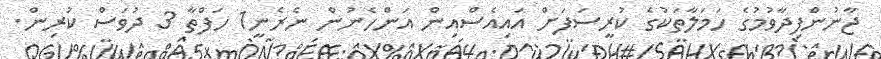
ޖާނުންފިދާވުމުގެ ހަމަލާތަކުގެ ކުރީސަފަށް އައިއެސްއިން އަންހެނުން ނެރެނީ1 ހަފްތާ 3 ދުވަސް ކުރިން.